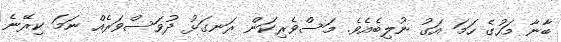
ބާނާ މަހުގެ ހަމަ އަގު ނުލިބެއެވެ. މަސްވެރިކަން ރަނގަޅު ދުވަސްވަރެއް ނަމަ ކިރޭނެ